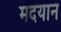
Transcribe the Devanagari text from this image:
मदयान